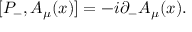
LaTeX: [ P _ { - } , A _ { \mu } ( x ) ] = - i { \partial } _ { - } A _ { \mu } ( x ) .